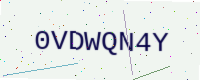
Text: 0VDWQN4Y